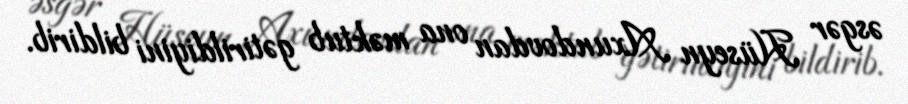
əsgər Hüseyn Axundovdan ona məktub gətirildiyini bildirib.